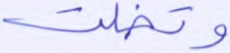
وتخلت